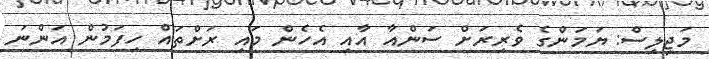
މަޖިލިސް: ޔަމަންގެ ވެރިރަށް ސަންއާ އާއި އެހެން މައި ރަށްތައް ހިފަމުން އަންނަ